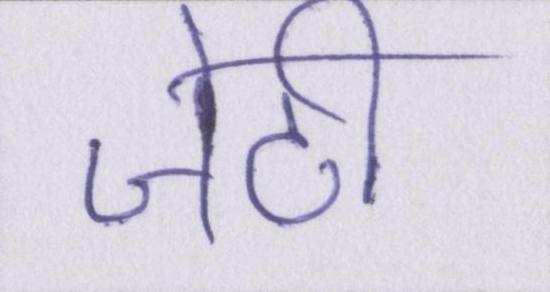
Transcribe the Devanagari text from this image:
जेटी